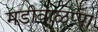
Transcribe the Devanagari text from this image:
मडीवाळप्पा